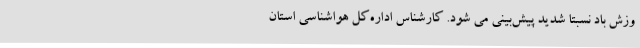
وزش باد نسبتاً شدید پیش‌بینی می شود. کارشناس اداره‌کل هواشناسی استان